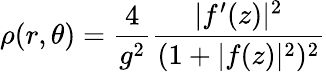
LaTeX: \rho(r,\theta)=\frac 4{g^{2}}\frac{|f^{\prime}(z)|^{2}}{(1+|f(z)|^{2})^{2}}